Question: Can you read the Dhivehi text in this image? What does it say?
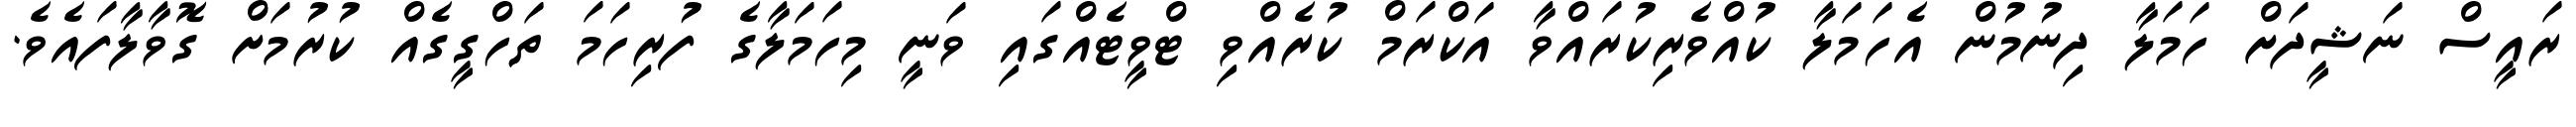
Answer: ރައީސް ނަޝީދަށް ހަމަލާ ދިނުމުން އެހަމަލާ ކުއްވެރިކުރައްވާ އަކްރަމް ކުރެއްވި ޓްވީޓެއްގައި ވަނީ މިހަމަލާގެ ފުރިހަމަ ތަހްގީގެއް ކުރުމަށް ގޮވާލާފައެވެ.